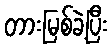
တားမြစ်ခဲ့ပြီး